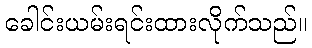
ခေါင်းယမ်းရင်းထားလိုက်သည်။